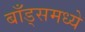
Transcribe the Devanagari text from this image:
बाँड्समध्ये